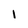
Character: 1